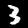
Digit: 3